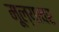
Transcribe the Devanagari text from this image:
मूल्यावर